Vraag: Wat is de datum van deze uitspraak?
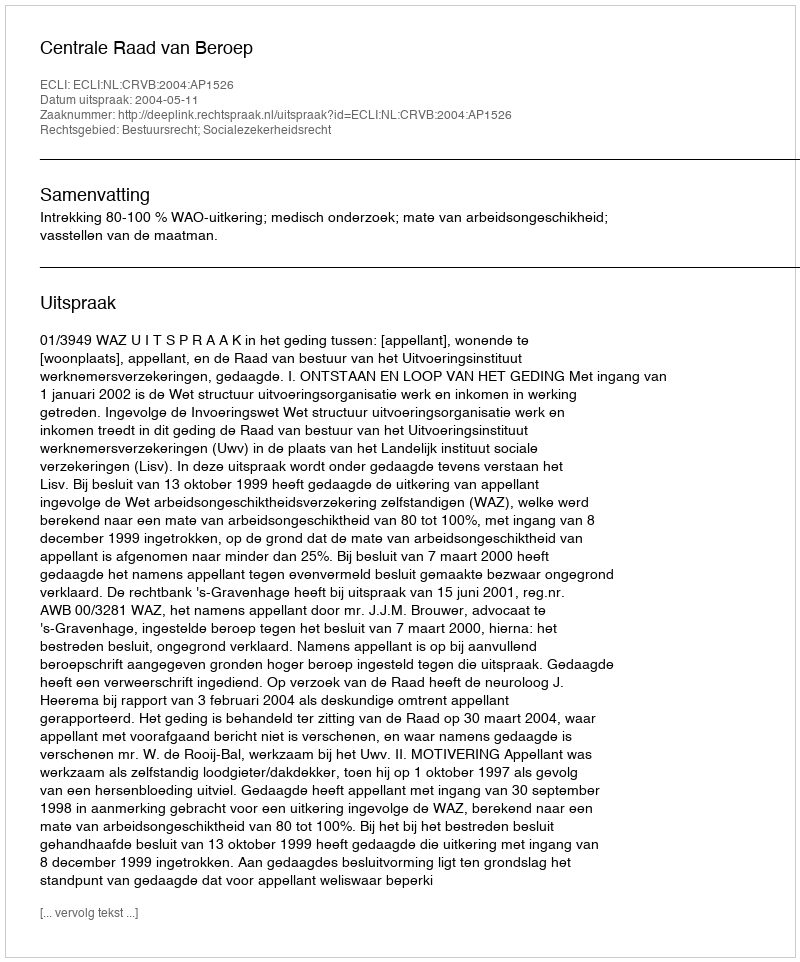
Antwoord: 2004-05-11